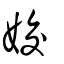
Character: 姣